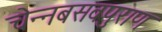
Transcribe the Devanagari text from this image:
चेन्नबसवपुराण